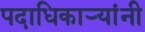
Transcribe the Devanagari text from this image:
पदाधिकार्‍यांनी